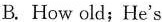
B. How old;He's